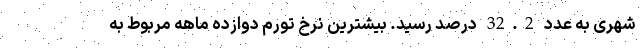
شهری به عدد 32.2 درصد رسید. بیشترین نرخ تورم دوازده ماهه مربوط به